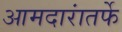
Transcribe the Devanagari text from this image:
आमदारांतर्फे